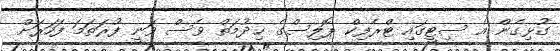
ގުޅިގެން އެ ސިޓީގައި ޓްރެފިކް ޕޮލިސްގެ ޚިދުމަތް ވެސް ވަނީ ފުރަތަމަ ފަހަރަށް